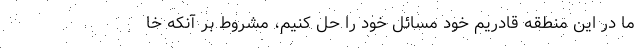
ما در این منطقه قادریم خود مسائل خود را حل کنیم، مشروط بر آنکه خا